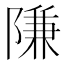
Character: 隒